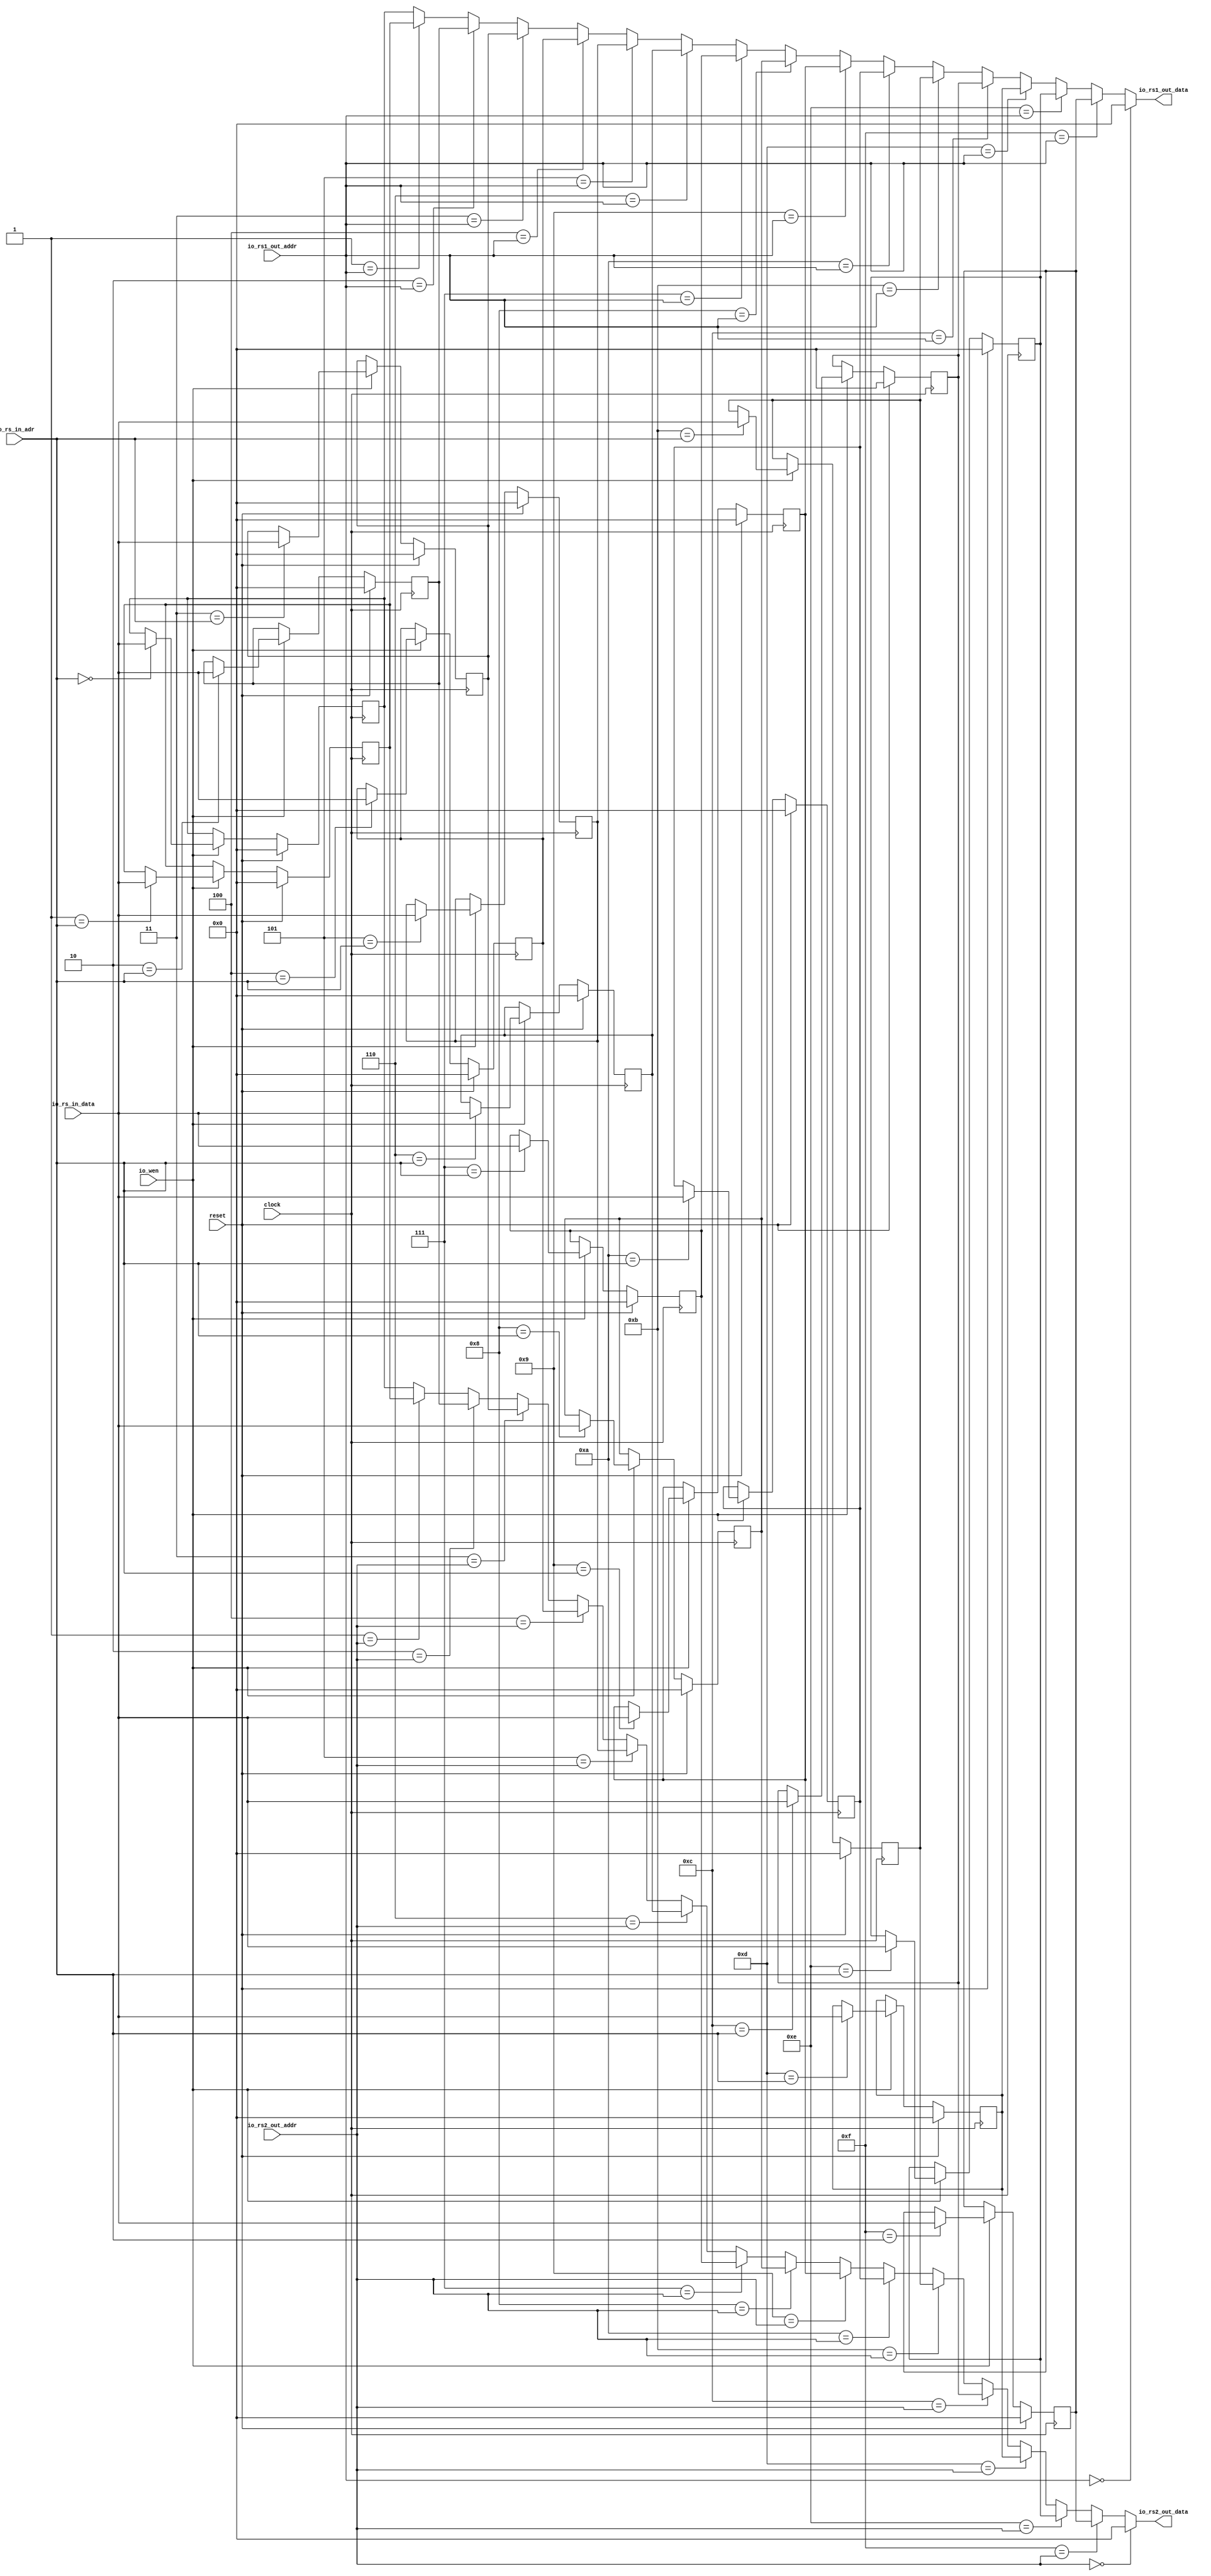
`ifdef RANDOMIZE_GARBAGE_ASSIGN
`define RANDOMIZE
`endif
`ifdef RANDOMIZE_INVALID_ASSIGN
`define RANDOMIZE
`endif
`ifdef RANDOMIZE_REG_INIT
`define RANDOMIZE
`endif
`ifdef RANDOMIZE_MEM_INIT
`define RANDOMIZE
`endif

module RegFile(
  input   clock,
  input   reset,
  input  [3:0] io_rs_in_adr,
  input  [3:0] io_rs1_out_addr,
  input  [3:0] io_rs2_out_addr,
  output [31:0] io_rs1_out_data,
  output [31:0] io_rs2_out_data,
  input  [31:0] io_rs_in_data,
  input   io_wen
);
  wire [31:0] _T_35_0;
  wire [31:0] _T_35_1;
  wire [31:0] _T_35_2;
  wire [31:0] _T_35_3;
  wire [31:0] _T_35_4;
  wire [31:0] _T_35_5;
  wire [31:0] _T_35_6;
  wire [31:0] _T_35_7;
  wire [31:0] _T_35_8;
  wire [31:0] _T_35_9;
  wire [31:0] _T_35_10;
  wire [31:0] _T_35_11;
  wire [31:0] _T_35_12;
  wire [31:0] _T_35_13;
  wire [31:0] _T_35_14;
  wire [31:0] _T_35_15;
  reg [31:0] regFile_0;
  reg [31:0] _GEN_65;
  reg [31:0] regFile_1;
  reg [31:0] _GEN_66;
  reg [31:0] regFile_2;
  reg [31:0] _GEN_67;
  reg [31:0] regFile_3;
  reg [31:0] _GEN_68;
  reg [31:0] regFile_4;
  reg [31:0] _GEN_69;
  reg [31:0] regFile_5;
  reg [31:0] _GEN_70;
  reg [31:0] regFile_6;
  reg [31:0] _GEN_71;
  reg [31:0] regFile_7;
  reg [31:0] _GEN_72;
  reg [31:0] regFile_8;
  reg [31:0] _GEN_73;
  reg [31:0] regFile_9;
  reg [31:0] _GEN_74;
  reg [31:0] regFile_10;
  reg [31:0] _GEN_75;
  reg [31:0] regFile_11;
  reg [31:0] _GEN_76;
  reg [31:0] regFile_12;
  reg [31:0] _GEN_77;
  reg [31:0] regFile_13;
  reg [31:0] _GEN_78;
  reg [31:0] regFile_14;
  reg [31:0] _GEN_79;
  reg [31:0] regFile_15;
  reg [31:0] _GEN_80;
  wire  _T_73;
  wire [31:0] _GEN_0;
  wire [31:0] _GEN_3;
  wire [31:0] _GEN_4;
  wire [31:0] _GEN_5;
  wire [31:0] _GEN_6;
  wire [31:0] _GEN_7;
  wire [31:0] _GEN_8;
  wire [31:0] _GEN_9;
  wire [31:0] _GEN_10;
  wire [31:0] _GEN_11;
  wire [31:0] _GEN_12;
  wire [31:0] _GEN_13;
  wire [31:0] _GEN_14;
  wire [31:0] _GEN_15;
  wire [31:0] _GEN_16;
  wire [31:0] _GEN_17;
  wire [31:0] _T_76;
  wire  _T_78;
  wire [31:0] _GEN_1;
  wire [31:0] _GEN_18;
  wire [31:0] _GEN_19;
  wire [31:0] _GEN_20;
  wire [31:0] _GEN_21;
  wire [31:0] _GEN_22;
  wire [31:0] _GEN_23;
  wire [31:0] _GEN_24;
  wire [31:0] _GEN_25;
  wire [31:0] _GEN_26;
  wire [31:0] _GEN_27;
  wire [31:0] _GEN_28;
  wire [31:0] _GEN_29;
  wire [31:0] _GEN_30;
  wire [31:0] _GEN_31;
  wire [31:0] _GEN_32;
  wire [31:0] _T_81;
  wire [31:0] _GEN_2;
  wire [31:0] _GEN_33;
  wire [31:0] _GEN_34;
  wire [31:0] _GEN_35;
  wire [31:0] _GEN_36;
  wire [31:0] _GEN_37;
  wire [31:0] _GEN_38;
  wire [31:0] _GEN_39;
  wire [31:0] _GEN_40;
  wire [31:0] _GEN_41;
  wire [31:0] _GEN_42;
  wire [31:0] _GEN_43;
  wire [31:0] _GEN_44;
  wire [31:0] _GEN_45;
  wire [31:0] _GEN_46;
  wire [31:0] _GEN_47;
  wire [31:0] _GEN_48;
  wire [31:0] _GEN_49;
  wire [31:0] _GEN_50;
  wire [31:0] _GEN_51;
  wire [31:0] _GEN_52;
  wire [31:0] _GEN_53;
  wire [31:0] _GEN_54;
  wire [31:0] _GEN_55;
  wire [31:0] _GEN_56;
  wire [31:0] _GEN_57;
  wire [31:0] _GEN_58;
  wire [31:0] _GEN_59;
  wire [31:0] _GEN_60;
  wire [31:0] _GEN_61;
  wire [31:0] _GEN_62;
  wire [31:0] _GEN_63;
  wire [31:0] _GEN_64;
  assign io_rs1_out_data = _T_76;
  assign io_rs2_out_data = _T_81;
  assign _T_35_0 = 32'h0;
  assign _T_35_1 = 32'h0;
  assign _T_35_2 = 32'h0;
  assign _T_35_3 = 32'h0;
  assign _T_35_4 = 32'h0;
  assign _T_35_5 = 32'h0;
  assign _T_35_6 = 32'h0;
  assign _T_35_7 = 32'h0;
  assign _T_35_8 = 32'h0;
  assign _T_35_9 = 32'h0;
  assign _T_35_10 = 32'h0;
  assign _T_35_11 = 32'h0;
  assign _T_35_12 = 32'h0;
  assign _T_35_13 = 32'h0;
  assign _T_35_14 = 32'h0;
  assign _T_35_15 = 32'h0;
  assign _T_73 = io_rs1_out_addr == 4'h0;
  assign _GEN_0 = _GEN_17;
  assign _GEN_3 = 4'h1 == io_rs1_out_addr ? regFile_1 : regFile_0;
  assign _GEN_4 = 4'h2 == io_rs1_out_addr ? regFile_2 : _GEN_3;
  assign _GEN_5 = 4'h3 == io_rs1_out_addr ? regFile_3 : _GEN_4;
  assign _GEN_6 = 4'h4 == io_rs1_out_addr ? regFile_4 : _GEN_5;
  assign _GEN_7 = 4'h5 == io_rs1_out_addr ? regFile_5 : _GEN_6;
  assign _GEN_8 = 4'h6 == io_rs1_out_addr ? regFile_6 : _GEN_7;
  assign _GEN_9 = 4'h7 == io_rs1_out_addr ? regFile_7 : _GEN_8;
  assign _GEN_10 = 4'h8 == io_rs1_out_addr ? regFile_8 : _GEN_9;
  assign _GEN_11 = 4'h9 == io_rs1_out_addr ? regFile_9 : _GEN_10;
  assign _GEN_12 = 4'ha == io_rs1_out_addr ? regFile_10 : _GEN_11;
  assign _GEN_13 = 4'hb == io_rs1_out_addr ? regFile_11 : _GEN_12;
  assign _GEN_14 = 4'hc == io_rs1_out_addr ? regFile_12 : _GEN_13;
  assign _GEN_15 = 4'hd == io_rs1_out_addr ? regFile_13 : _GEN_14;
  assign _GEN_16 = 4'he == io_rs1_out_addr ? regFile_14 : _GEN_15;
  assign _GEN_17 = 4'hf == io_rs1_out_addr ? regFile_15 : _GEN_16;
  assign _T_76 = _T_73 ? 32'h0 : _GEN_0;
  assign _T_78 = io_rs2_out_addr == 4'h0;
  assign _GEN_1 = _GEN_32;
  assign _GEN_18 = 4'h1 == io_rs2_out_addr ? regFile_1 : regFile_0;
  assign _GEN_19 = 4'h2 == io_rs2_out_addr ? regFile_2 : _GEN_18;
  assign _GEN_20 = 4'h3 == io_rs2_out_addr ? regFile_3 : _GEN_19;
  assign _GEN_21 = 4'h4 == io_rs2_out_addr ? regFile_4 : _GEN_20;
  assign _GEN_22 = 4'h5 == io_rs2_out_addr ? regFile_5 : _GEN_21;
  assign _GEN_23 = 4'h6 == io_rs2_out_addr ? regFile_6 : _GEN_22;
  assign _GEN_24 = 4'h7 == io_rs2_out_addr ? regFile_7 : _GEN_23;
  assign _GEN_25 = 4'h8 == io_rs2_out_addr ? regFile_8 : _GEN_24;
  assign _GEN_26 = 4'h9 == io_rs2_out_addr ? regFile_9 : _GEN_25;
  assign _GEN_27 = 4'ha == io_rs2_out_addr ? regFile_10 : _GEN_26;
  assign _GEN_28 = 4'hb == io_rs2_out_addr ? regFile_11 : _GEN_27;
  assign _GEN_29 = 4'hc == io_rs2_out_addr ? regFile_12 : _GEN_28;
  assign _GEN_30 = 4'hd == io_rs2_out_addr ? regFile_13 : _GEN_29;
  assign _GEN_31 = 4'he == io_rs2_out_addr ? regFile_14 : _GEN_30;
  assign _GEN_32 = 4'hf == io_rs2_out_addr ? regFile_15 : _GEN_31;
  assign _T_81 = _T_78 ? 32'h0 : _GEN_1;
  assign _GEN_2 = io_rs_in_data;
  assign _GEN_33 = 4'h0 == io_rs_in_adr ? _GEN_2 : regFile_0;
  assign _GEN_34 = 4'h1 == io_rs_in_adr ? _GEN_2 : regFile_1;
  assign _GEN_35 = 4'h2 == io_rs_in_adr ? _GEN_2 : regFile_2;
  assign _GEN_36 = 4'h3 == io_rs_in_adr ? _GEN_2 : regFile_3;
  assign _GEN_37 = 4'h4 == io_rs_in_adr ? _GEN_2 : regFile_4;
  assign _GEN_38 = 4'h5 == io_rs_in_adr ? _GEN_2 : regFile_5;
  assign _GEN_39 = 4'h6 == io_rs_in_adr ? _GEN_2 : regFile_6;
  assign _GEN_40 = 4'h7 == io_rs_in_adr ? _GEN_2 : regFile_7;
  assign _GEN_41 = 4'h8 == io_rs_in_adr ? _GEN_2 : regFile_8;
  assign _GEN_42 = 4'h9 == io_rs_in_adr ? _GEN_2 : regFile_9;
  assign _GEN_43 = 4'ha == io_rs_in_adr ? _GEN_2 : regFile_10;
  assign _GEN_44 = 4'hb == io_rs_in_adr ? _GEN_2 : regFile_11;
  assign _GEN_45 = 4'hc == io_rs_in_adr ? _GEN_2 : regFile_12;
  assign _GEN_46 = 4'hd == io_rs_in_adr ? _GEN_2 : regFile_13;
  assign _GEN_47 = 4'he == io_rs_in_adr ? _GEN_2 : regFile_14;
  assign _GEN_48 = 4'hf == io_rs_in_adr ? _GEN_2 : regFile_15;
  assign _GEN_49 = io_wen ? _GEN_33 : regFile_0;
  assign _GEN_50 = io_wen ? _GEN_34 : regFile_1;
  assign _GEN_51 = io_wen ? _GEN_35 : regFile_2;
  assign _GEN_52 = io_wen ? _GEN_36 : regFile_3;
  assign _GEN_53 = io_wen ? _GEN_37 : regFile_4;
  assign _GEN_54 = io_wen ? _GEN_38 : regFile_5;
  assign _GEN_55 = io_wen ? _GEN_39 : regFile_6;
  assign _GEN_56 = io_wen ? _GEN_40 : regFile_7;
  assign _GEN_57 = io_wen ? _GEN_41 : regFile_8;
  assign _GEN_58 = io_wen ? _GEN_42 : regFile_9;
  assign _GEN_59 = io_wen ? _GEN_43 : regFile_10;
  assign _GEN_60 = io_wen ? _GEN_44 : regFile_11;
  assign _GEN_61 = io_wen ? _GEN_45 : regFile_12;
  assign _GEN_62 = io_wen ? _GEN_46 : regFile_13;
  assign _GEN_63 = io_wen ? _GEN_47 : regFile_14;
  assign _GEN_64 = io_wen ? _GEN_48 : regFile_15;
`ifdef RANDOMIZE
  integer initvar;
  initial begin
    `ifndef verilator
      #0.002 begin end
    `endif
  `ifdef RANDOMIZE_REG_INIT
  _GEN_65 = {1{$random}};
  regFile_0 = _GEN_65[31:0];
  `endif
  `ifdef RANDOMIZE_REG_INIT
  _GEN_66 = {1{$random}};
  regFile_1 = _GEN_66[31:0];
  `endif
  `ifdef RANDOMIZE_REG_INIT
  _GEN_67 = {1{$random}};
  regFile_2 = _GEN_67[31:0];
  `endif
  `ifdef RANDOMIZE_REG_INIT
  _GEN_68 = {1{$random}};
  regFile_3 = _GEN_68[31:0];
  `endif
  `ifdef RANDOMIZE_REG_INIT
  _GEN_69 = {1{$random}};
  regFile_4 = _GEN_69[31:0];
  `endif
  `ifdef RANDOMIZE_REG_INIT
  _GEN_70 = {1{$random}};
  regFile_5 = _GEN_70[31:0];
  `endif
  `ifdef RANDOMIZE_REG_INIT
  _GEN_71 = {1{$random}};
  regFile_6 = _GEN_71[31:0];
  `endif
  `ifdef RANDOMIZE_REG_INIT
  _GEN_72 = {1{$random}};
  regFile_7 = _GEN_72[31:0];
  `endif
  `ifdef RANDOMIZE_REG_INIT
  _GEN_73 = {1{$random}};
  regFile_8 = _GEN_73[31:0];
  `endif
  `ifdef RANDOMIZE_REG_INIT
  _GEN_74 = {1{$random}};
  regFile_9 = _GEN_74[31:0];
  `endif
  `ifdef RANDOMIZE_REG_INIT
  _GEN_75 = {1{$random}};
  regFile_10 = _GEN_75[31:0];
  `endif
  `ifdef RANDOMIZE_REG_INIT
  _GEN_76 = {1{$random}};
  regFile_11 = _GEN_76[31:0];
  `endif
  `ifdef RANDOMIZE_REG_INIT
  _GEN_77 = {1{$random}};
  regFile_12 = _GEN_77[31:0];
  `endif
  `ifdef RANDOMIZE_REG_INIT
  _GEN_78 = {1{$random}};
  regFile_13 = _GEN_78[31:0];
  `endif
  `ifdef RANDOMIZE_REG_INIT
  _GEN_79 = {1{$random}};
  regFile_14 = _GEN_79[31:0];
  `endif
  `ifdef RANDOMIZE_REG_INIT
  _GEN_80 = {1{$random}};
  regFile_15 = _GEN_80[31:0];
  `endif
  end
`endif
  always @(posedge clock) begin
    if (reset) begin
      regFile_0 <= _T_35_0;
    end else begin
      if (io_wen) begin
        if (4'h0 == io_rs_in_adr) begin
          regFile_0 <= _GEN_2;
        end
      end
    end
    if (reset) begin
      regFile_1 <= _T_35_1;
    end else begin
      if (io_wen) begin
        if (4'h1 == io_rs_in_adr) begin
          regFile_1 <= _GEN_2;
        end
      end
    end
    if (reset) begin
      regFile_2 <= _T_35_2;
    end else begin
      if (io_wen) begin
        if (4'h2 == io_rs_in_adr) begin
          regFile_2 <= _GEN_2;
        end
      end
    end
    if (reset) begin
      regFile_3 <= _T_35_3;
    end else begin
      if (io_wen) begin
        if (4'h3 == io_rs_in_adr) begin
          regFile_3 <= _GEN_2;
        end
      end
    end
    if (reset) begin
      regFile_4 <= _T_35_4;
    end else begin
      if (io_wen) begin
        if (4'h4 == io_rs_in_adr) begin
          regFile_4 <= _GEN_2;
        end
      end
    end
    if (reset) begin
      regFile_5 <= _T_35_5;
    end else begin
      if (io_wen) begin
        if (4'h5 == io_rs_in_adr) begin
          regFile_5 <= _GEN_2;
        end
      end
    end
    if (reset) begin
      regFile_6 <= _T_35_6;
    end else begin
      if (io_wen) begin
        if (4'h6 == io_rs_in_adr) begin
          regFile_6 <= _GEN_2;
        end
      end
    end
    if (reset) begin
      regFile_7 <= _T_35_7;
    end else begin
      if (io_wen) begin
        if (4'h7 == io_rs_in_adr) begin
          regFile_7 <= _GEN_2;
        end
      end
    end
    if (reset) begin
      regFile_8 <= _T_35_8;
    end else begin
      if (io_wen) begin
        if (4'h8 == io_rs_in_adr) begin
          regFile_8 <= _GEN_2;
        end
      end
    end
    if (reset) begin
      regFile_9 <= _T_35_9;
    end else begin
      if (io_wen) begin
        if (4'h9 == io_rs_in_adr) begin
          regFile_9 <= _GEN_2;
        end
      end
    end
    if (reset) begin
      regFile_10 <= _T_35_10;
    end else begin
      if (io_wen) begin
        if (4'ha == io_rs_in_adr) begin
          regFile_10 <= _GEN_2;
        end
      end
    end
    if (reset) begin
      regFile_11 <= _T_35_11;
    end else begin
      if (io_wen) begin
        if (4'hb == io_rs_in_adr) begin
          regFile_11 <= _GEN_2;
        end
      end
    end
    if (reset) begin
      regFile_12 <= _T_35_12;
    end else begin
      if (io_wen) begin
        if (4'hc == io_rs_in_adr) begin
          regFile_12 <= _GEN_2;
        end
      end
    end
    if (reset) begin
      regFile_13 <= _T_35_13;
    end else begin
      if (io_wen) begin
        if (4'hd == io_rs_in_adr) begin
          regFile_13 <= _GEN_2;
        end
      end
    end
    if (reset) begin
      regFile_14 <= _T_35_14;
    end else begin
      if (io_wen) begin
        if (4'he == io_rs_in_adr) begin
          regFile_14 <= _GEN_2;
        end
      end
    end
    if (reset) begin
      regFile_15 <= _T_35_15;
    end else begin
      if (io_wen) begin
        if (4'hf == io_rs_in_adr) begin
          regFile_15 <= _GEN_2;
        end
      end
    end
  end
endmodule